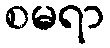
စမရာ